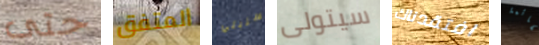
حتى المتفق سنبني سيتولى افتقدناك لقائمة